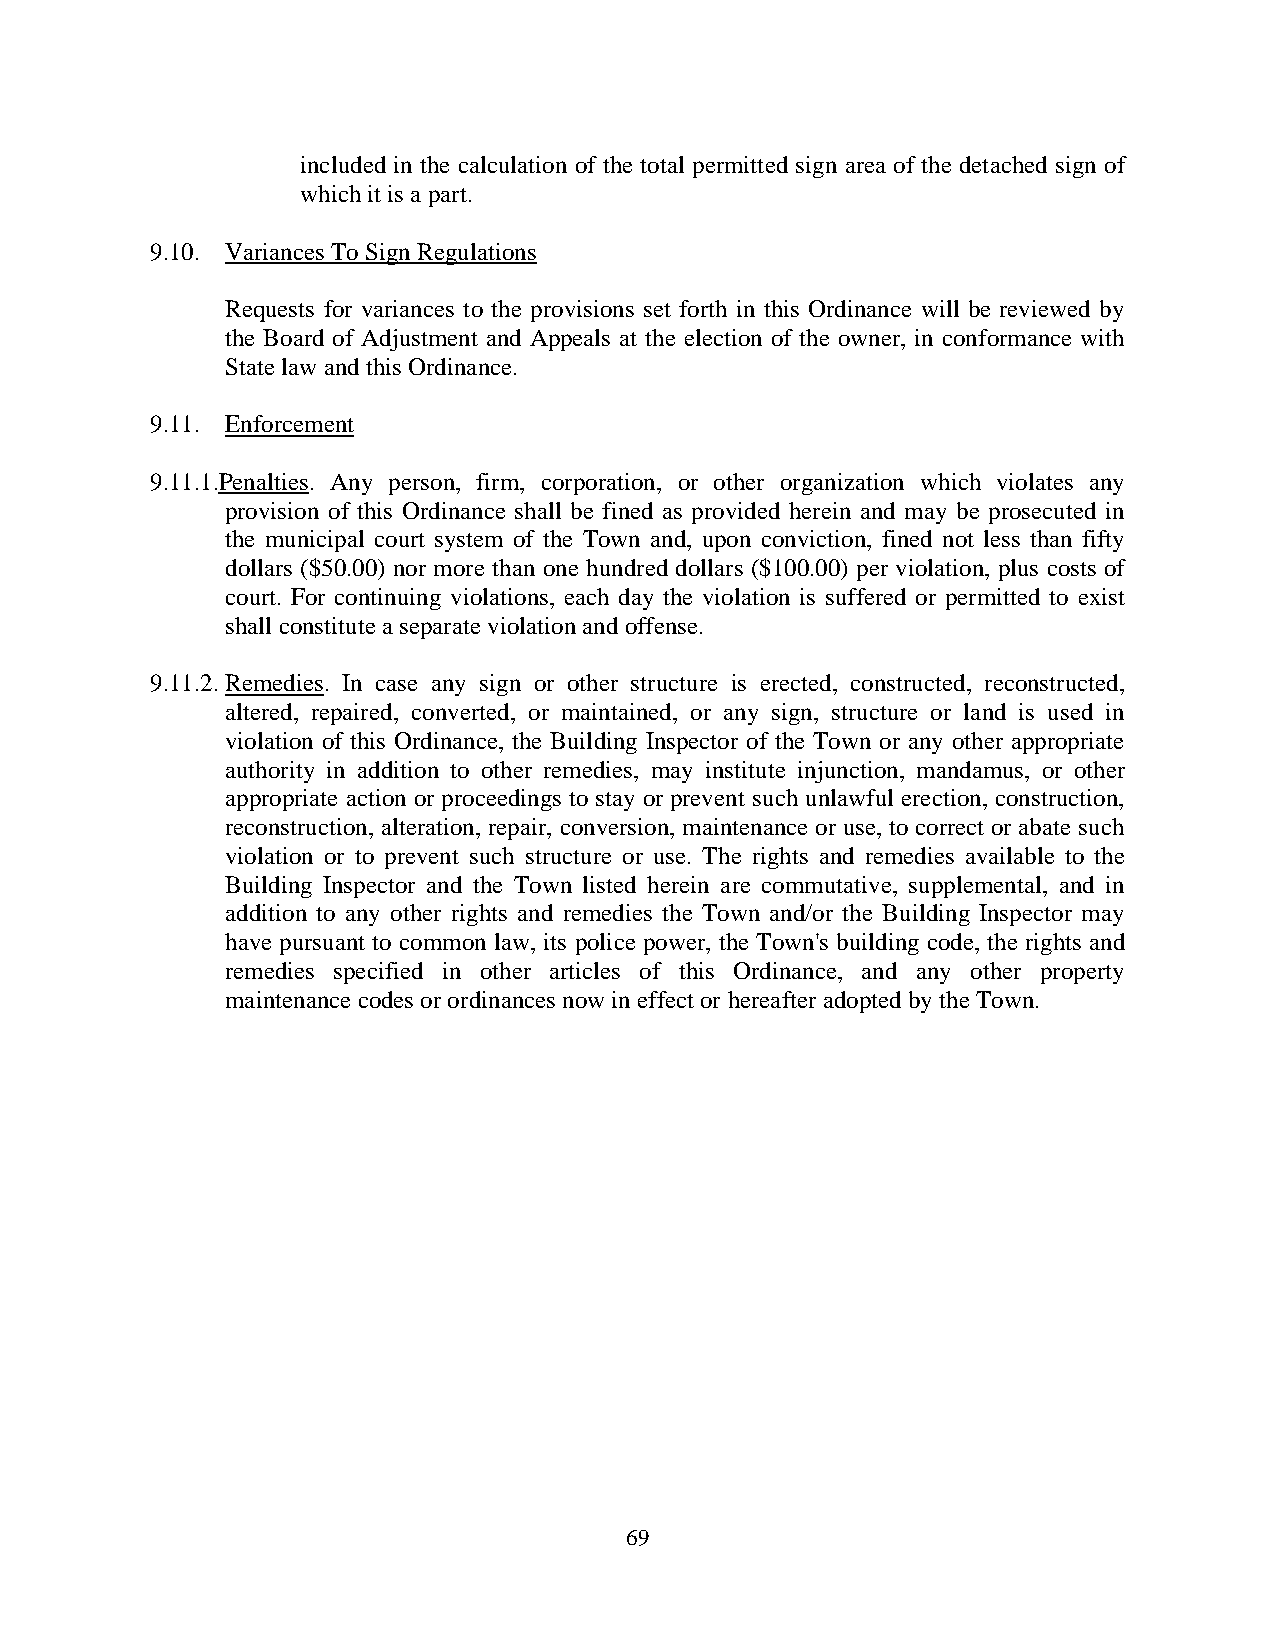
included in the calculation of the total permitted sign area of the detached sign of
 which it is a part.
 9.10. Variances To Sign Regulations
 Requests for variances to the provisions set forth in this Ordinance will be reviewed by
 the Board of Adjustment and Appeals at the election of the owner, in conformance with
 State law and this Ordinance.
 9.11. Enforcement
 9.11.1.Penalties. Any person, firm, corporation, or other organization which violates any
 provision of this Ordinance shall be fined as provided herein and may be prosecuted in
 the municipal court system of the Town and, upon conviction, fined not less than fifty
 dollars ($50.00) nor more than one hundred dollars ($100.00) per violation, plus costs of
 court. For continuing violations, each day the violation is suffered or permitted to exist
 shall constitute a separate violation and offense.
 9.11.2. Remedies. In case any sign or other structure is erected, constructed, reconstructed,
 altered, repaired, converted, or maintained, or any sign, structure or land is used in
 violation of this Ordinance, the Building Inspector of the Town or any other appropriate
 authority in addition to other remedies, may institute injunction, mandamus, or other
 appropriate action or proceedings to stay or prevent such unlawful erection, construction,
 reconstruction, alteration, repair, conversion, maintenance or use, to correct or abate such
 violation or to prevent such structure or use. The rights and remedies available to the
 Building Inspector and the Town listed herein are commutative, supplemental, and in
 addition to any other rights and remedies the Town and/or the Building Inspector may
 have pursuant to common law, its police power, the Town's building code, the rights and
 remedies specified in other articles of this Ordinance, and any other property
 maintenance codes or ordinances now in effect or hereafter adopted by the Town.
 6 9